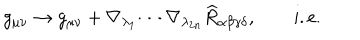
LaTeX: g _ { \mu \nu } \rightarrow g _ { \mu \nu } + \nabla _ { \lambda _ { 1 } } \cdots \nabla _ { \lambda _ { 2 n } } \widehat { R } _ { \alpha \beta \gamma \delta } , \qquad \mathrm { i . e . }